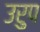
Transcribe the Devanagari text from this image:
उरुप